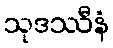
သုဒဿီနံ